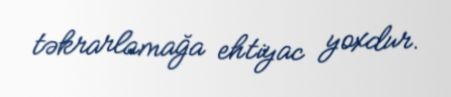
təkrarlamağa ehtiyac yoxdur.